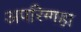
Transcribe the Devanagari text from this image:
अपरिग्गहा